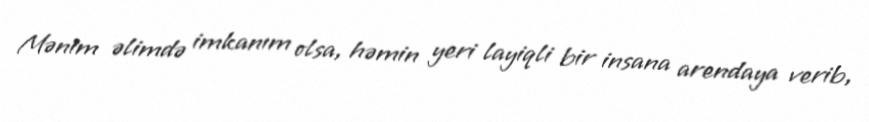
Mənim əlimdə imkanım olsa, həmin yeri layiqli bir insana arendaya verib,